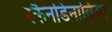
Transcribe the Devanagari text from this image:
स्कैनडिनाविया